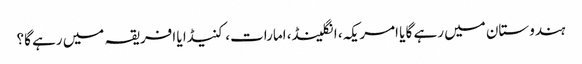
ہندوستان میں رہے گا یا امریکہ، انگلینڈ، امارات، کنیڈا یا افریقہ میں رہے گا؟